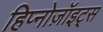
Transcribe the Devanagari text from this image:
हिप्नोज़ॉइट्स